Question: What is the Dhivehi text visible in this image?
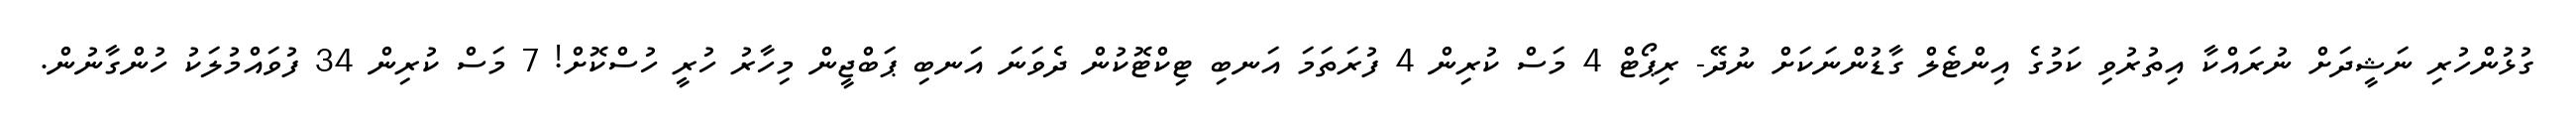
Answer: ގުޅުންހުރި ނަޝީދަށް ނުރައްކާ އިތުރުވި ކަމުގެ އިންޓެލް ގާޑުންނަކަށް ނުދޭ- ރިޕޯޓް 4 މަސް ކުރިން 4 ފުރަތަމަ އަނބި ޓިކްޓޮކުން ދެވަނަ އަނބި ޕަބްޖީން މިހާރު ހުރީ ހުސްކޮށް! 7 މަސް ކުރިން 34 ފުވައްމުލަކު ހުންގާނުން.